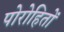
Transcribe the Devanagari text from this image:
पोरोहितों